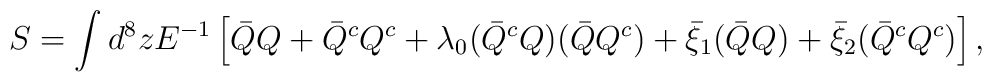
S=\displaystyle\int d^{8}z E^{-1}     \left[\bar{Q}Q+\bar{Q}^{c}Q^{c}           +\lambda_{0}(\bar{Q}^{c}Q)(\bar{Q}Q^{c})           +\bar{\xi}_{1}(\bar{Q}Q)           +\bar{\xi}_{2}(\bar{Q}^{c}Q^{c})\right],